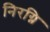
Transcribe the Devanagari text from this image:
निरग्नि